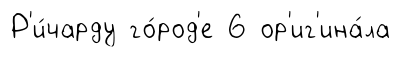
Р'и́чарду го́род'е 6 ор'иг'ина́ла